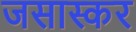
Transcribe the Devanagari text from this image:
जसास्कर